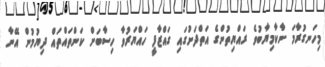
މިހަނގުރާމަ ނާކާމިޔާބުވެ ރައްޔިތުންގެ އަތްދަށުގައި ގައްޒާފީ ހައްޔަރުވާ ހިސާބަށް ކަންތައްތައް ދިޔުމުން އޭނާ